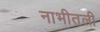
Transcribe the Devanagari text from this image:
नाभीतली